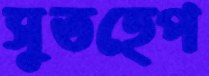
সুতহেপ